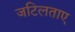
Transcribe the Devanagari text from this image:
जटिलताए